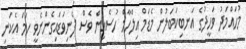
މުހައްމަދު ވަހީދުގެ އަނބިކަބަލުން މެޑަމް އިލްހާމް ހުސެއިން ވެސް ފެނިވަޑައިގެންނެވީ ހަމަ އެކަނި